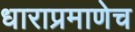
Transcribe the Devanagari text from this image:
धाराप्रमाणेच